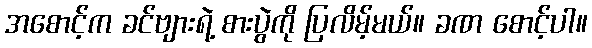
အစောင့်က ခင်ဗျားရဲ့ စားပွဲကို ပြလိမ့်မယ်။ ခဏ စောင့်ပါ။